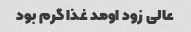
عالی زود اومد غذا گرم بود